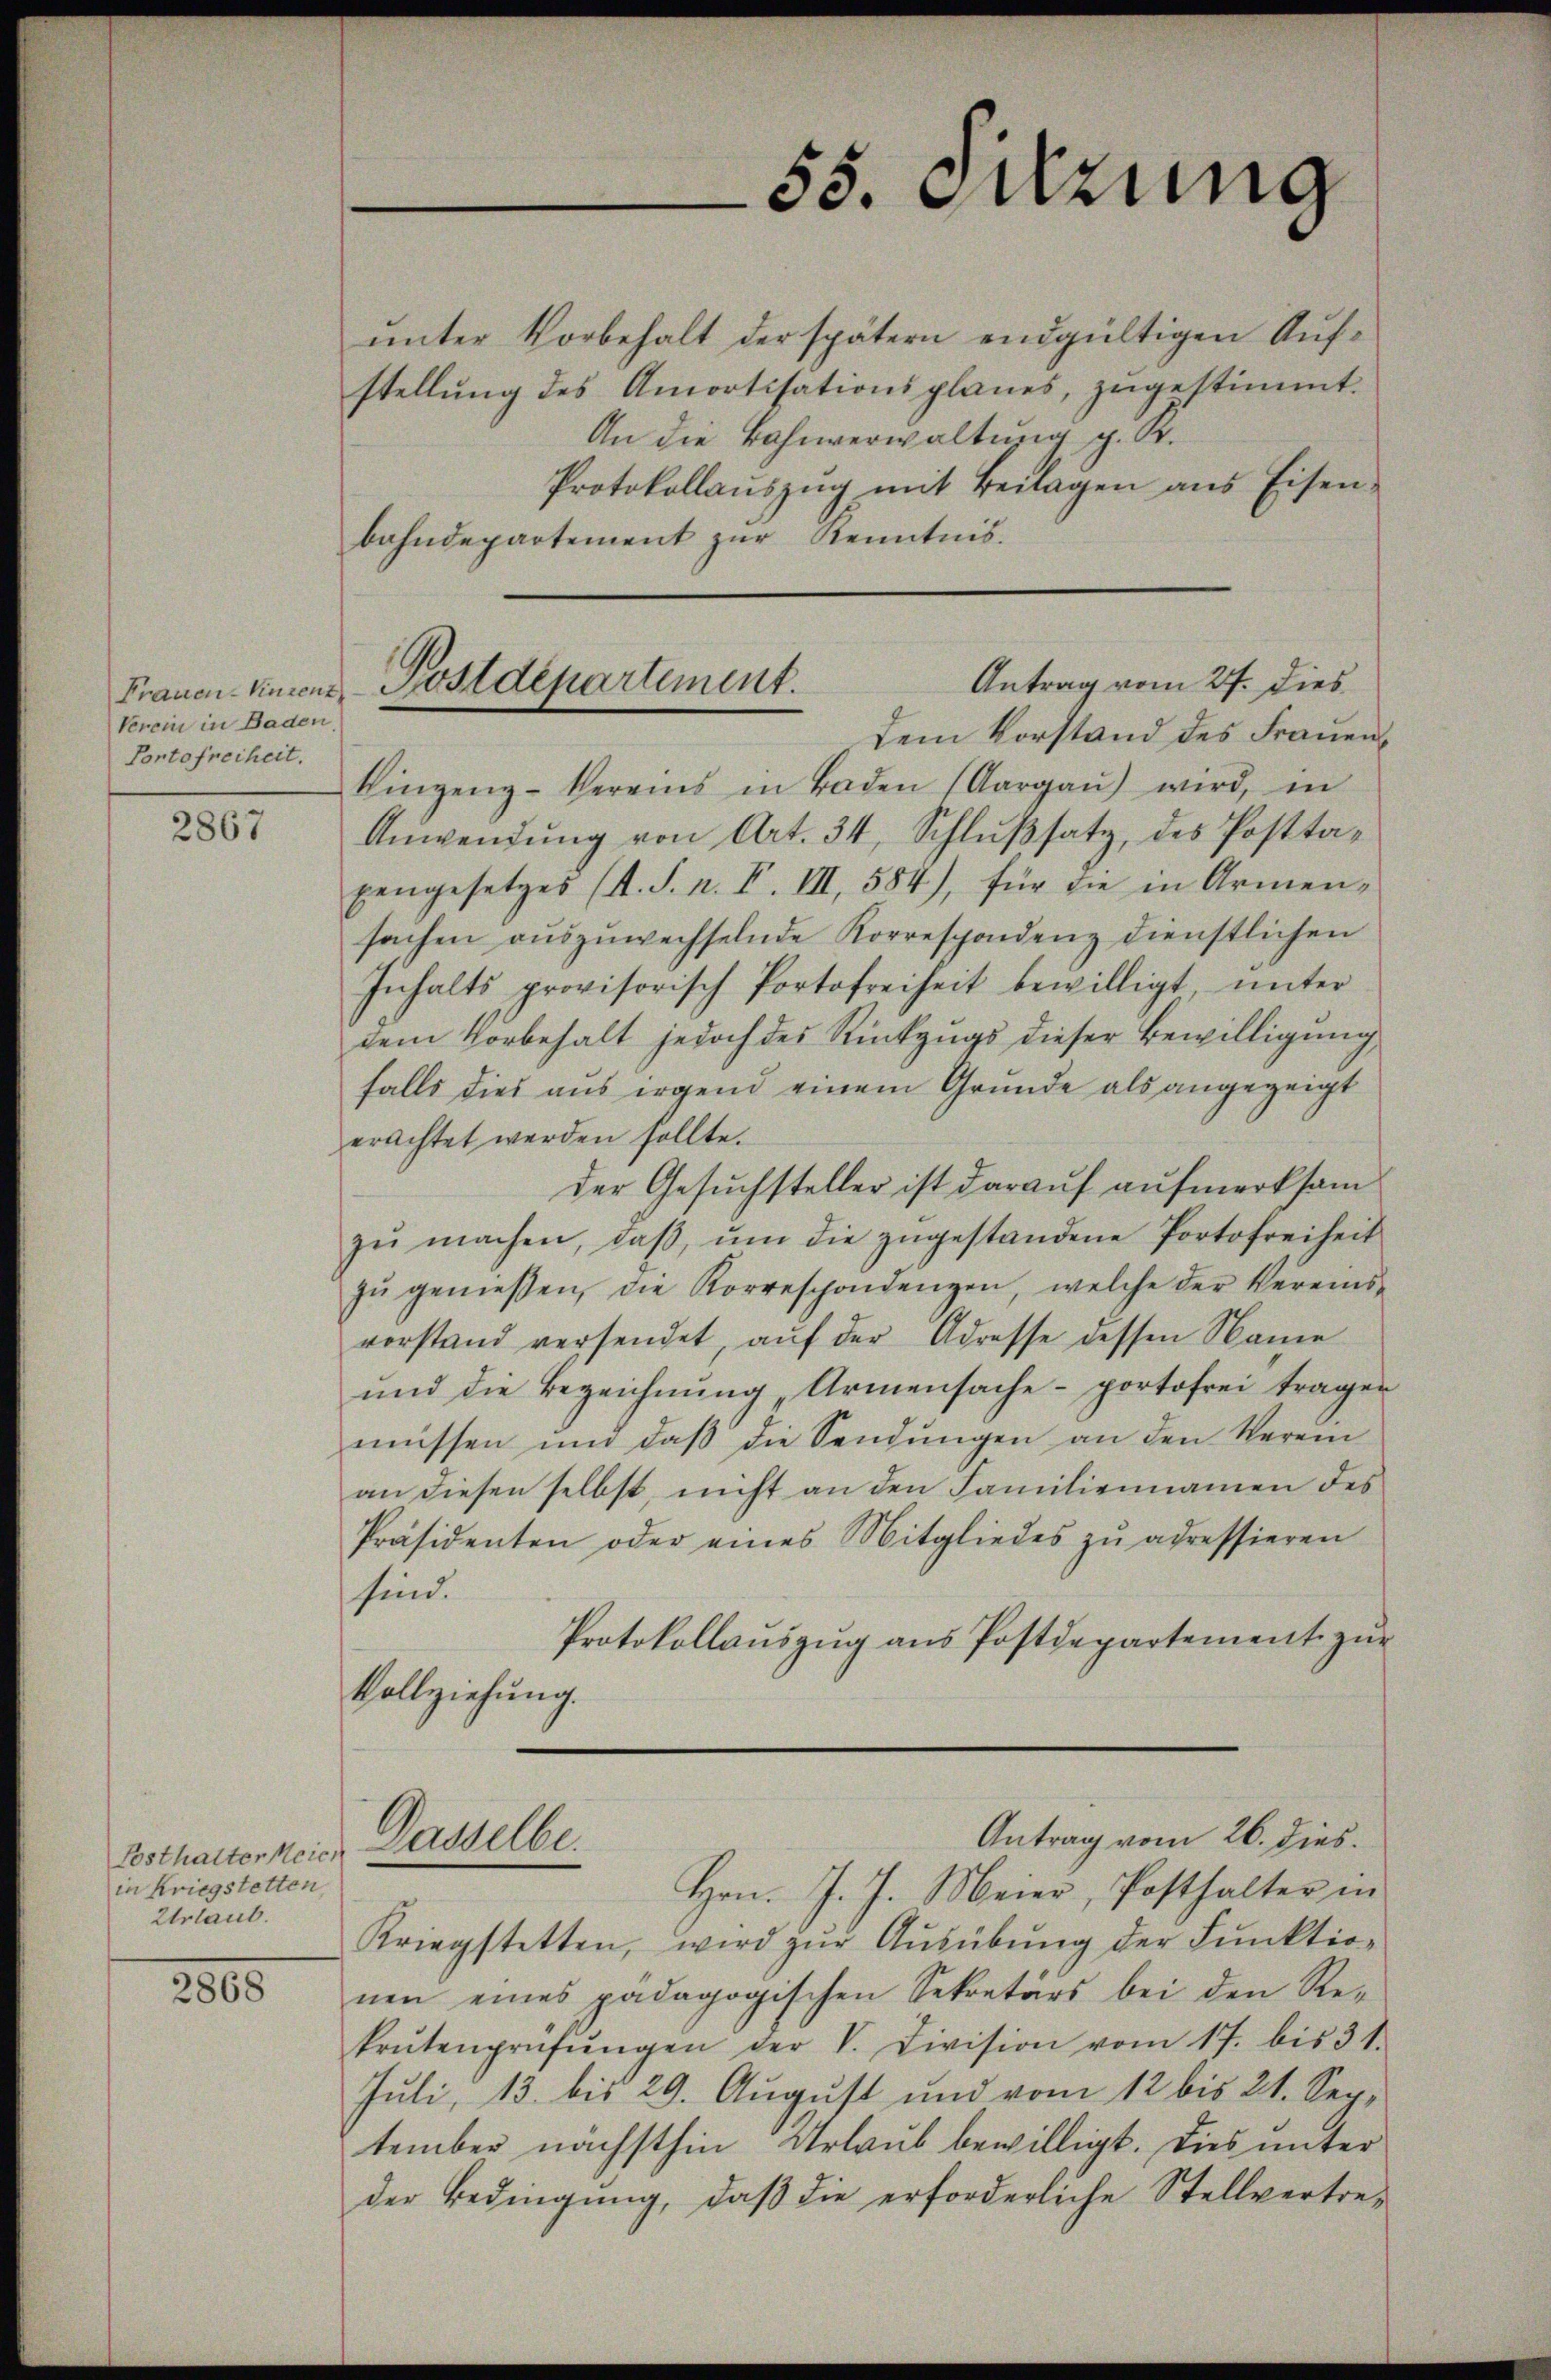
Verein in Baden
Portofreiheit.

2867

in Kriegstetten,
Urlaub.

2865

55. Fetzung

ŭnter Vorbehalt der spätern endgültigen Aufstellŭng des Amortisationsplanes, zugestimmt.
An die Bahnverwaltung p. K.
Protokollaŭszŭg mit Beilagen ans Eisen-
bahndepartement zŭr Kenntnis.
Dem Vorstand des Frauenkingenz-Vereins in Baden (Aargaŭ) wird, in
Anwendŭng von Art. 34, Schlŭβsatz, des Posttapengesetzes (s. S. n. F. III, 584), für die in Armen-
sachen aŭszŭwechselnde Korrespondenz dienstlichen
Inhalts provisorisch Portofreiheit bewilligt ŭnter
dem Vorbehalt jedoch des Rückzugs dieser Bewilligung
falls dies aus irgend einem Grunde als angezeigt
erachtet werden sollte.
der Gesuchsteller ist darauf aufmerksam
zŭ machen, daβ ŭm die zŭgestandene Portofreiheit
zŭ genessen, die Korreschondenzen, welche der Vereinsvorstand versendet, aŭf der Adresse dessen Name
ŭnd die Bezeichnŭng „Armensache portofrei tragen
müssen und daβ die Sendŭngen an den Verein
an diesen selbst, nicht an den Familiennamen des
Präsidenten oder eines Mitgliedes zŭ adressieren
sind.
Protokollauszug aus Postdepartement zur
Vollziehung.

Antrag vom 27. dies
Frauen Vincenz Postdepartement.

Esthalternein, Dasselbe.

Antrag vom 26. dies.

Hrn. J. J. Meier, Posthalter in
Kriegstetten, wird zŭr Aŭsübŭng der Funktio-
nen eines pädagogischen Sekretärs bei den Re-
krutenprüfŭngen der V. Division vom 17. bis 31.
Juli, 13. bis 29. Aŭgŭst und vom 12 bis 21. Sep.
tember nächsthin Urlaub bewilligt. Dies unter
der Bedingung, daß die erforderliche Stellvertre¬